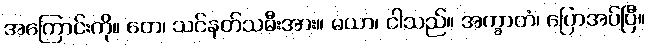
အကြောင်းကို။ တေ၊ သင်နတ်သမီးအား။ မယာ၊ ငါသည်။ အက္ခာတံ၊ ပြောအပ်ပြီ။